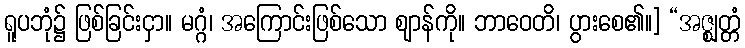
ရူပဘုံ၌ ဖြစ်ခြင်းငှာ။ မဂ္ဂံ၊ အကြောင်းဖြစ်သော ဈာန်ကို။ ဘာဝေတိ၊ ပွားစေ၏။] “အဇ္ဈတ္တံ